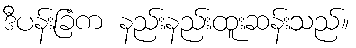
ဒီပန်းခြံက နည်းနည်းထူးဆန်းသည်။